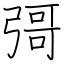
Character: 彁